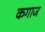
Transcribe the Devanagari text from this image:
कगाज